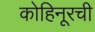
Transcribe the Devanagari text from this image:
कोहिनूरची